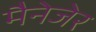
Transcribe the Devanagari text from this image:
मैनेजेर